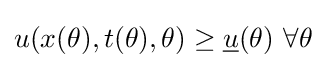
u(x(\theta ),t(\theta ),\theta )\geq {\underline {u}}(\theta )\ \forall \theta